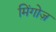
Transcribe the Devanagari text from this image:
मिंगोज़